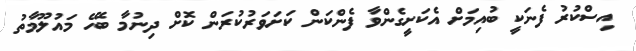
އިސްކުރު ފެނަކީ ބުއިމަށް އެކަށީގެންވާ ފެންކަން ކަށަވަރުކުރަން ކޮށް ދިނުމާ ބެހޭ މައުލޫމާތު